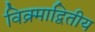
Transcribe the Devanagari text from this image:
विक्र्माद्वितीय